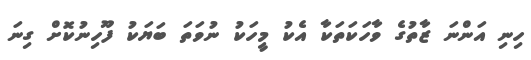
ހިނި އަންނަ ޒާތުގެ ވާހަކަތަކާ އެކު މީހަކު ނުވަތަ ބަޔަކު ފޫހިނުކޮށް ގިނަ